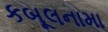
કબૂલનામા